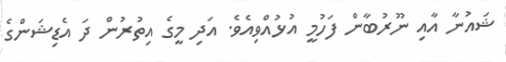
ޝައުނާ އާއި ނޫރުބާން ފަހުމީ އުޅުއްވިއެވެ. އަދި މީގެ އިތުރުން ދަ އެޑިޝަންގެ